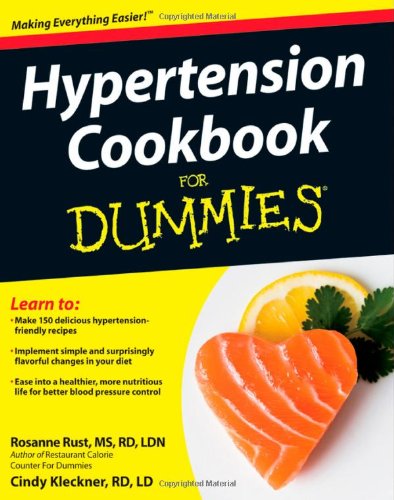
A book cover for Hypertension Cookbook For Dummies; Rosanne Rust; Cookbooks, Food & Wine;